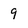
Character: 9